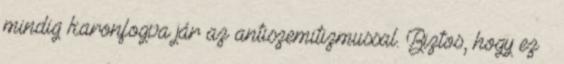
mindig karonfogva jár az antiszemitizmussal. Biztos, hogy ez –